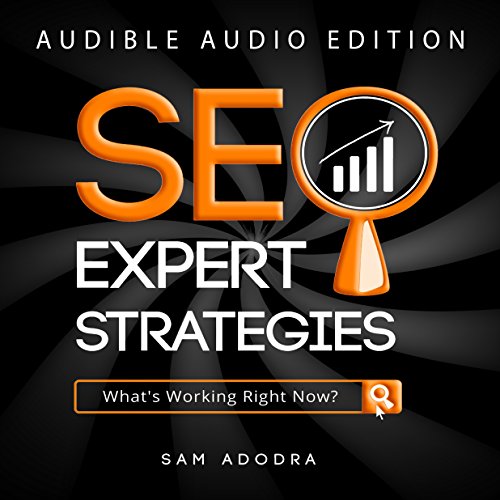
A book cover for SEO Expert Strategies: SEO Consultant Spills His Secrets; Sam Adodra; Computers & Technology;